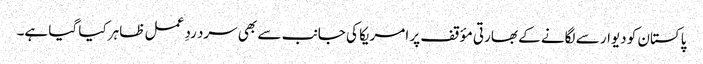
پاکستان کو دیوار سے لگانے کے بھارتی مؤقف پر امریکا کی جانب سے بھی سرد ردِ عمل ظاہر کیا گیا ہے۔